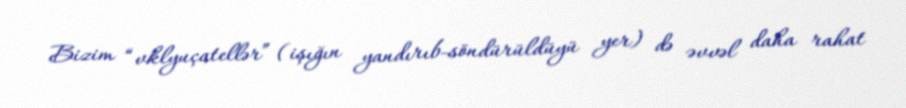
Bizim “vklyuçatellər” (işığın yandırıb-söndürüldüyü yer) də əvvəl daha rahat